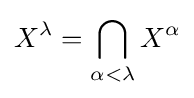
\displaystyle X^{\lambda }=\bigcap _{\alpha <\lambda }X^{\alpha }